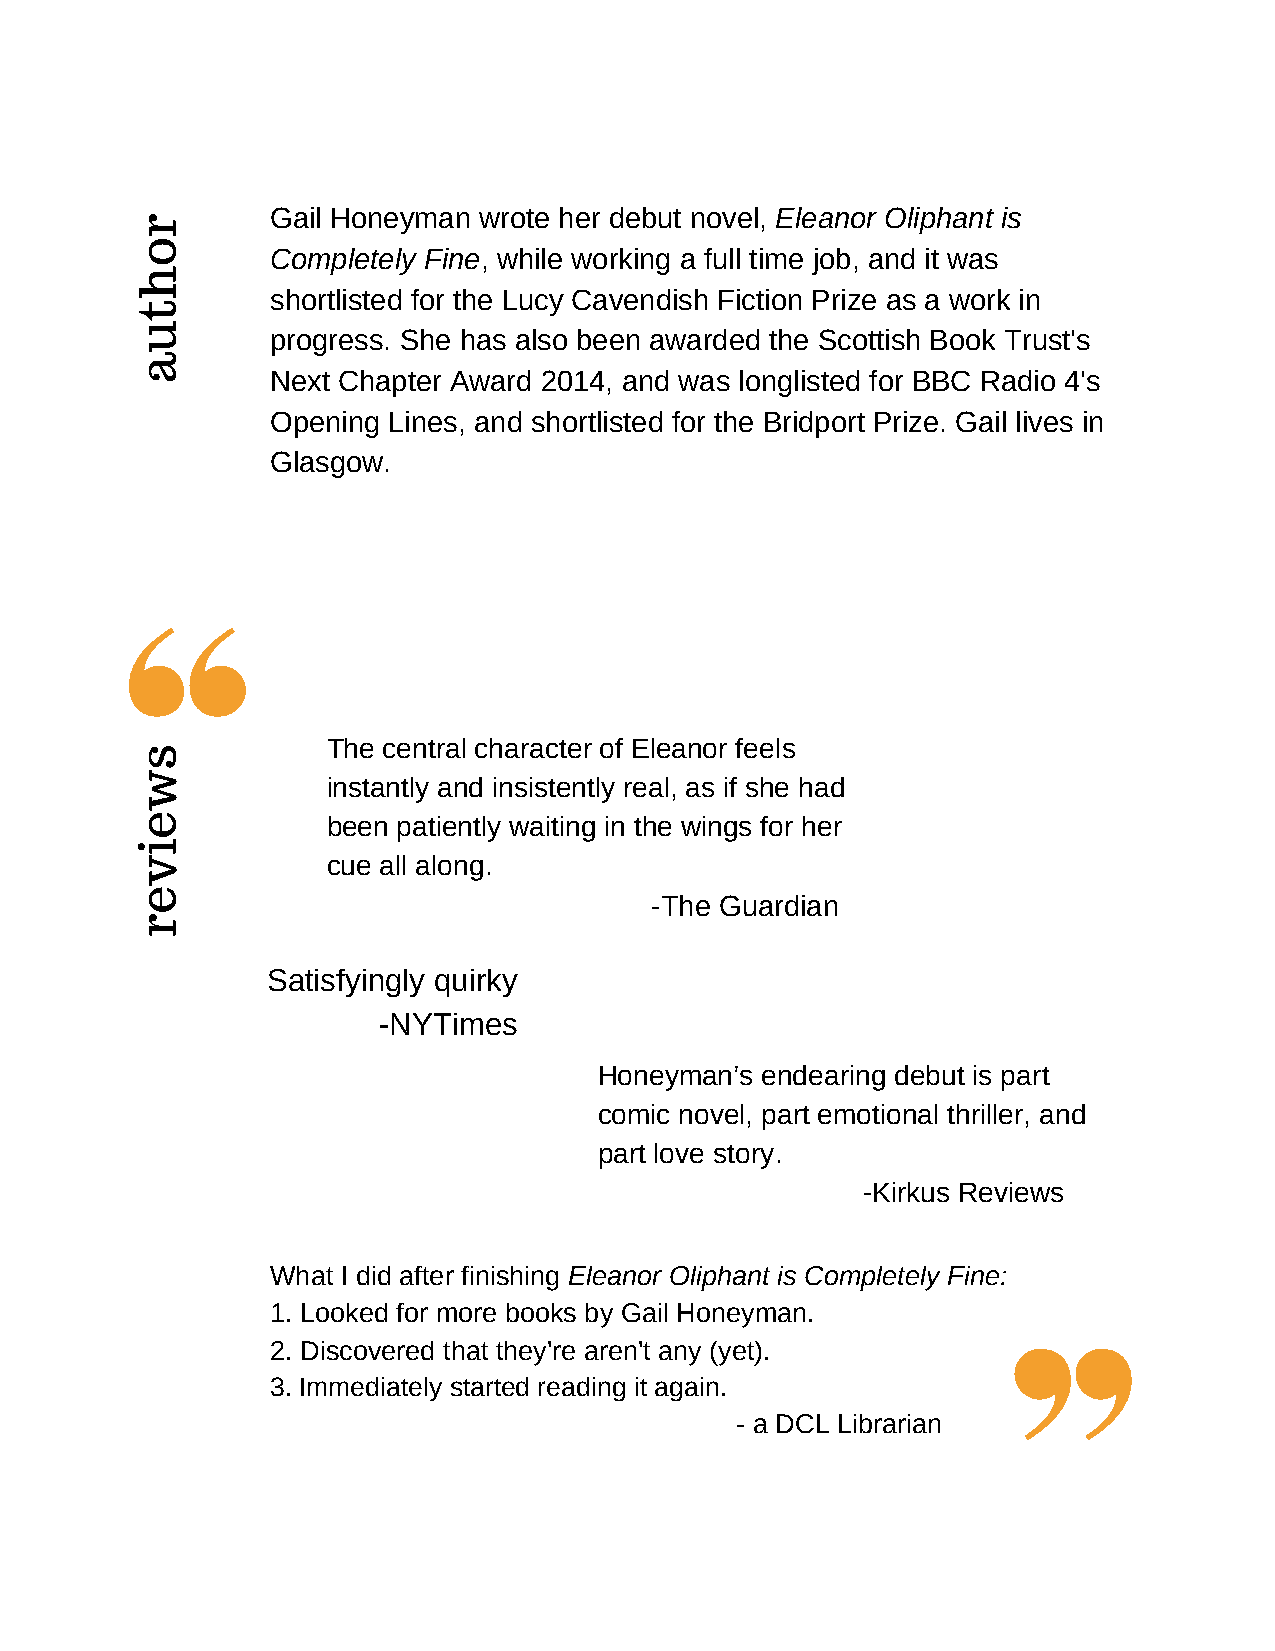
Gail Honeyman wrote her debut novel, Eleanor Oliphant is
 r
 o
 Completely Fine, while working a full time job, and it was
 h
 shortlisted for the Lucy Cavendish Fiction Prize as a work in
 t
 u
 progress. She has also been awarded the Scottish Book Trust's
 a
 Next Chapter Award 2014, and was longlisted for BBC Radio 4's
 Opening Lines, and shortlisted for the Bridport Prize. Gail lives in
 Glasgow.
 The central character of Eleanor feels
 s
 w            instantly and insistently real, as if she had
 e            been patiently waiting in the wings for her
 i
 v            cue all along.
 e
 -The Guardian
 r
 Satisfyingly quirky
 -NYTimes
 Honeyman’s endearing debut is part
 comic novel, part emotional thriller, and
 part love story.
 -Kirkus Reviews
 What I did after finishing Eleanor Oliphant is Completely Fine:
 1. Looked for more books by Gail Honeyman.
 2. Discovered that they're aren't any (yet).
 3. Immediately started reading it again.
 - a DCL Librarian